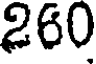
260